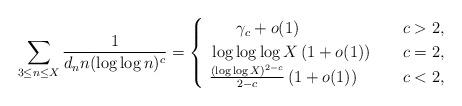
LaTeX: \begin{align*}\sum_{3\le n\le X}\frac{1}{d_nn(\log\log n)^c}=\begin{cases}\qquad\gamma_c+o(1)&c>2,\\~\log\log\log X\left(1+o(1)\right)\quad&c=2,\\~\frac{(\log\log X)^{2-c}}{2-c}\left(1+o(1)\right)&c<2,\end{cases}\end{align*}